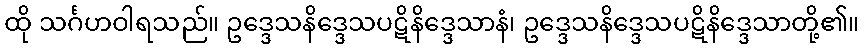
ထို သင်္ဂဟဝါရသည်။ ဥဒ္ဒေသနိဒ္ဒေသပဋိနိဒ္ဒေသာနံ၊ ဥဒ္ဒေသနိဒ္ဒေသပဋိနိဒ္ဒေသာတို့၏။